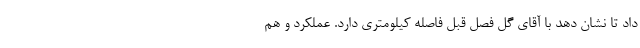
داد تا نشان دهد با آقای گل فصل قبل فاصله کیلومتری دارد. عملکرد و هم